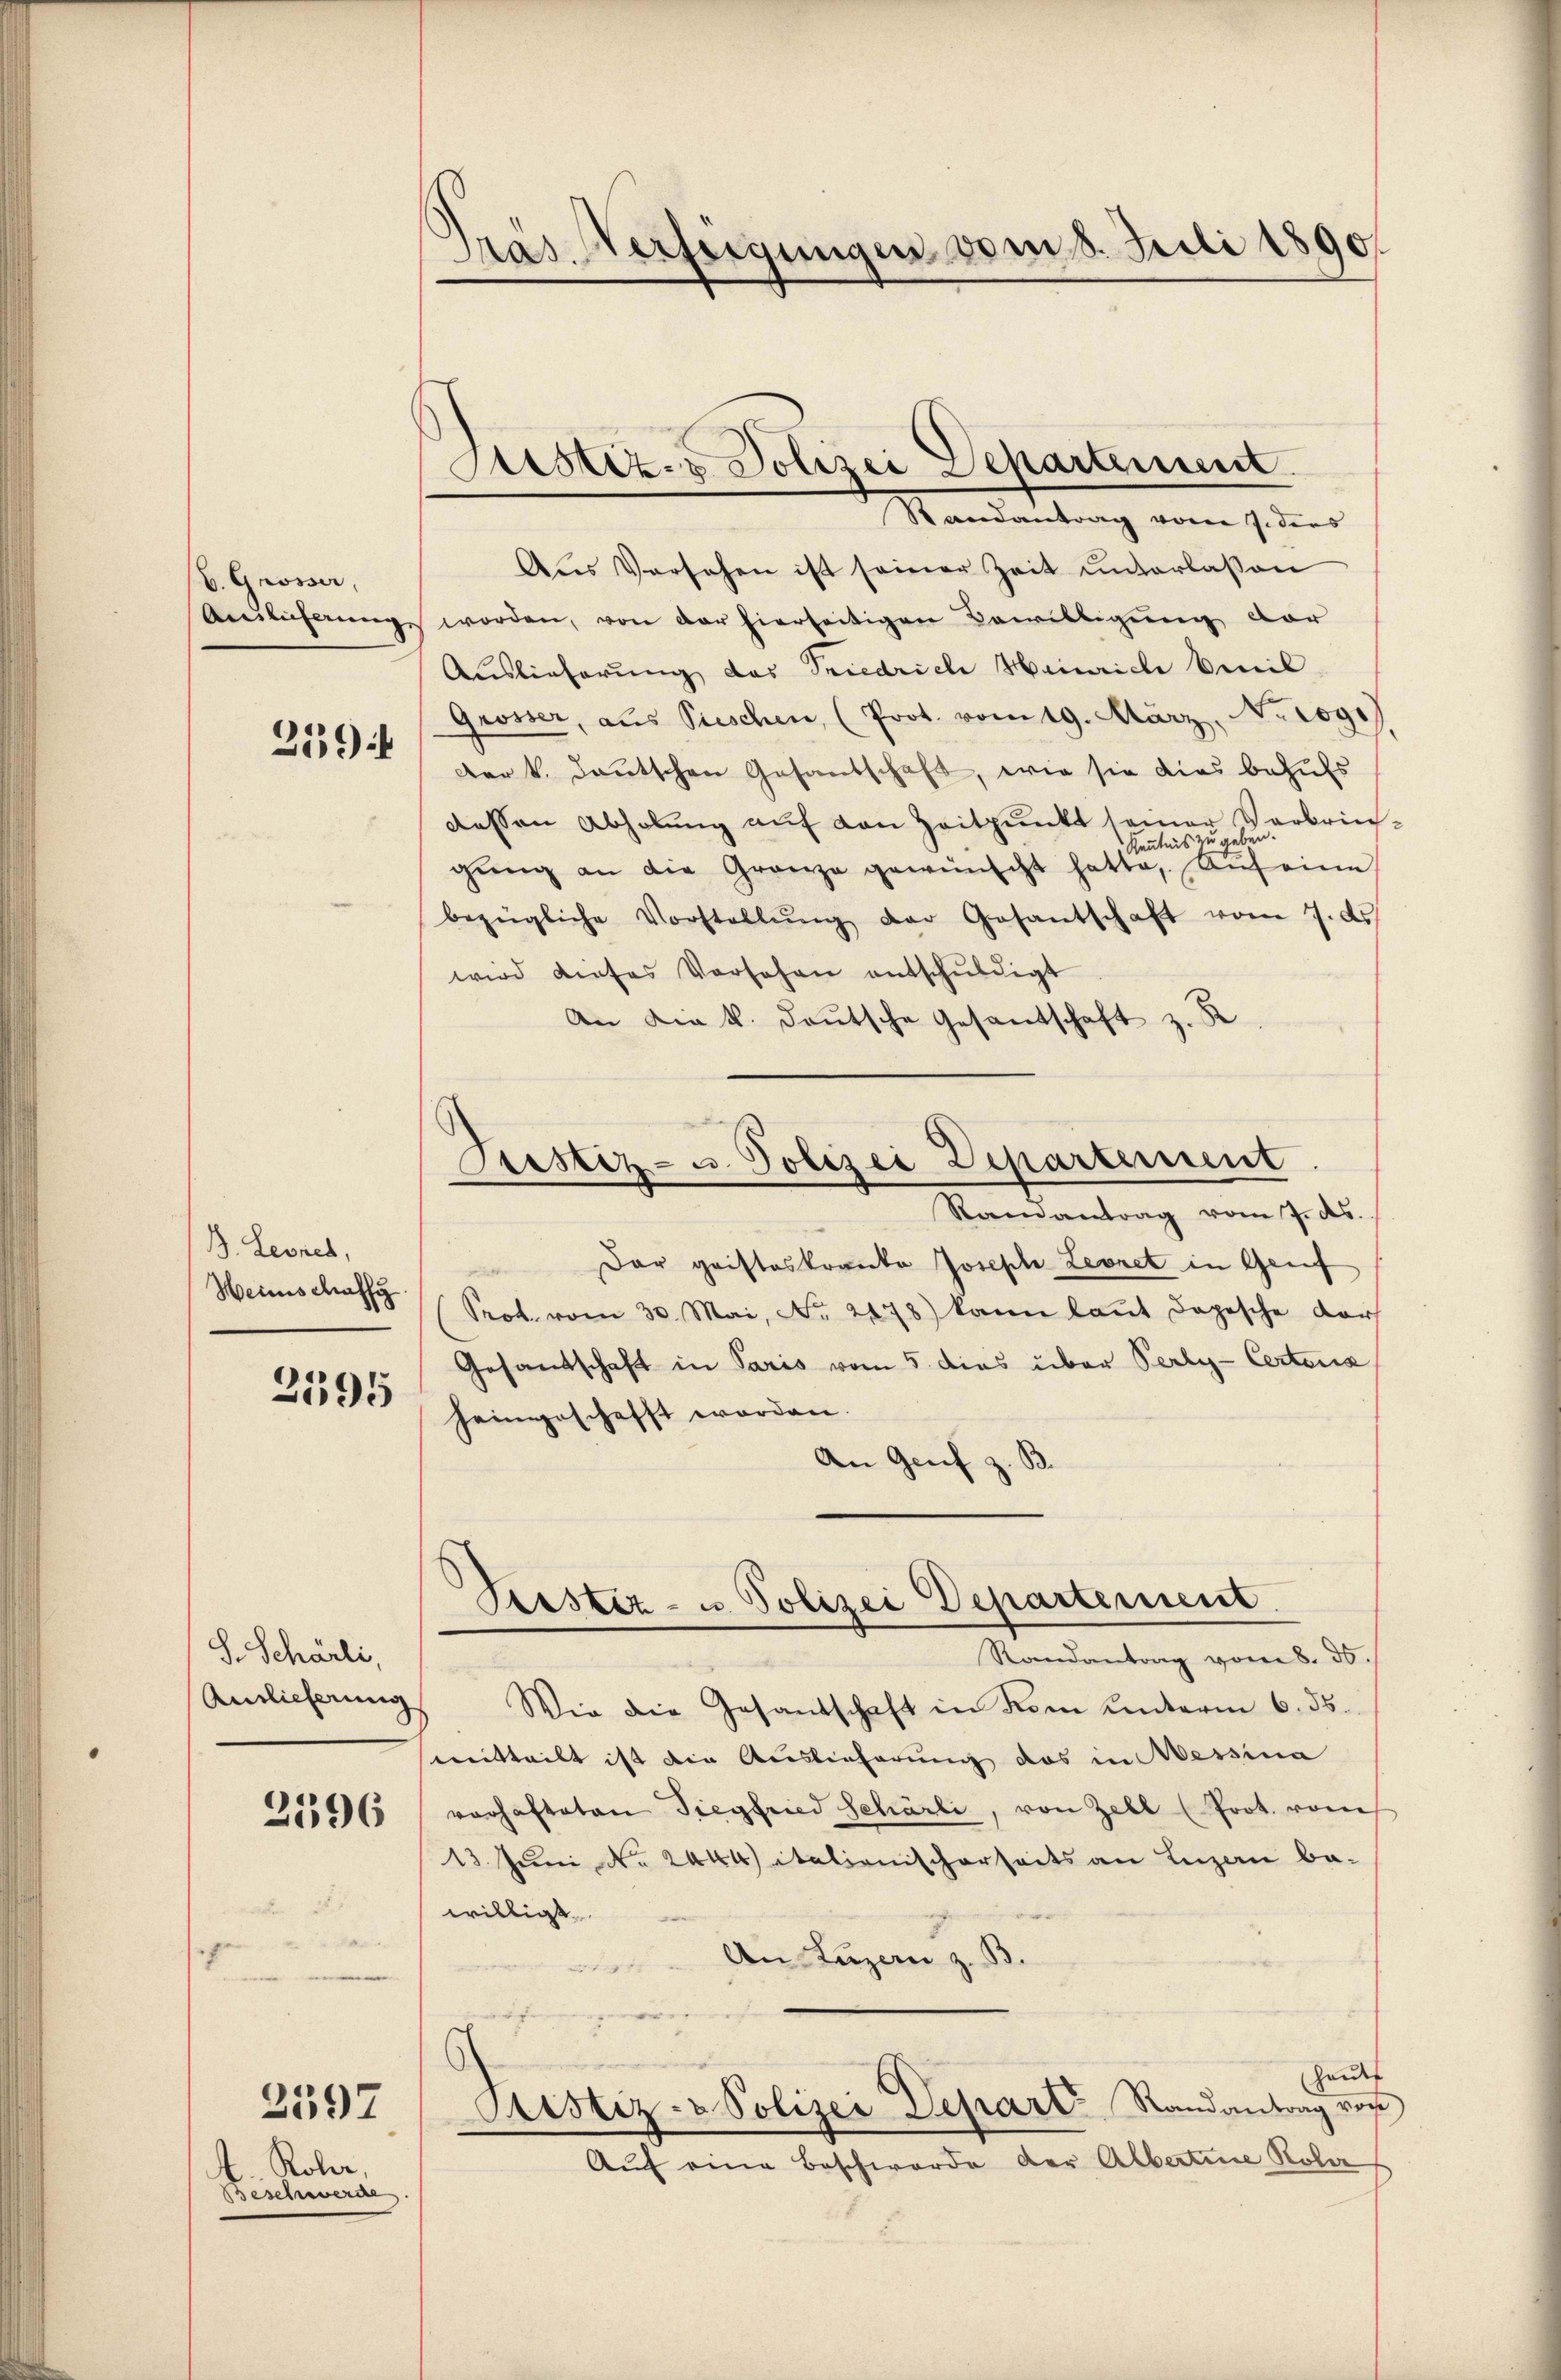
b. Grösser,
Anlicherung

259 f

B. Leones,
Heinschaffg
2595

S. Schärli,
Auslieferung

2596

2597

Roler,
Beschwerde

Präs. Verfeigungen vom 8. Juli 1890.

Sistiz- & Polizei Departement
Randantrag vom 7. ders

Aŭs Versehen ist seiner Zeit ŭnterlaßen
worden, von der hierseitigen Bewilligung der
Auslieferung das Friedrich Hainrich bewil
Grösser, aus Preschen, (Prot. vom 19. März, No 1091
Der k. deutschen Gesantschaft, wie sie dies behufs
dessen Abholung auf den Zeitpunkt seiner Verbrin¬
Kenntnis zu geben.
gŭng an die Granze gewünscht hatte, Aŭf eine
bezügliche Vorstellŭng der Gesantschaft vom 7. ds.
wird dieses Versehen entschŭldigt
An Die k. deŭtsche Gesantschaft z. R.

Justiz- u. Polizei Departement
Ramantrag vom 7. ds.

Geister- u. Polizei Departement.
Randantrag vom 8. ds.

Der gristeskrante Joseph Leonet in Genf
Prot. vom 30. Mai, No. 2478) kann laŭt dopesche dar
Gesandtschaft in Paris vom 5. dies über Perly-Certens
heimgeschafft worden.
An Genf z. B.

Wie die Gesantschaft in dem unterm 6. ds.
mitteilt ist die Auslieferung das in Wessina
varhafteten Siegfried Schärli, von Zell (Prot. vom
13. Juni No 2444) italienischerseits an Luzern be-
willigt
An Luzern z. B.
t
s
Hautf
Ctistiz- u Polizei Depart Randantrag von
Auf eine Beschwerde der Albertine Kola